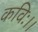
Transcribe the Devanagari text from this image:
कविः।।